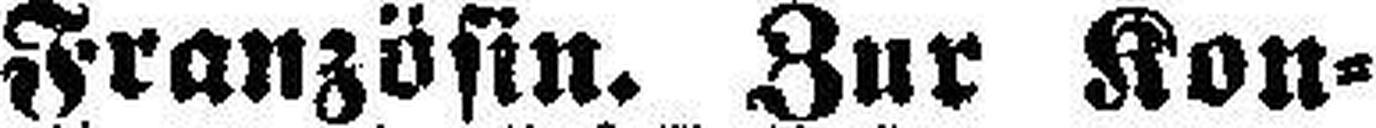
Französin. Zur Kon¬